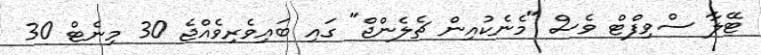
ޓޭލާ ސްވިފްޓް ވެސް "މެނެކުއިން ޗެލެންޖް" ގައި ބައިވެރިވެއްޖެ 30 މިނެޓް 30